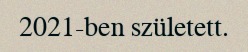
2021-ben született.